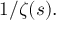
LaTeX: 1 / \zeta ( s ) .